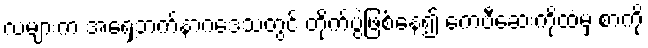
လများက အရှေ့ဘက်နာဂဒေသတွင် တိုက်ပွဲဖြစ်နေ၍ ကေဗီဆေးကိုထံမှ စာကို